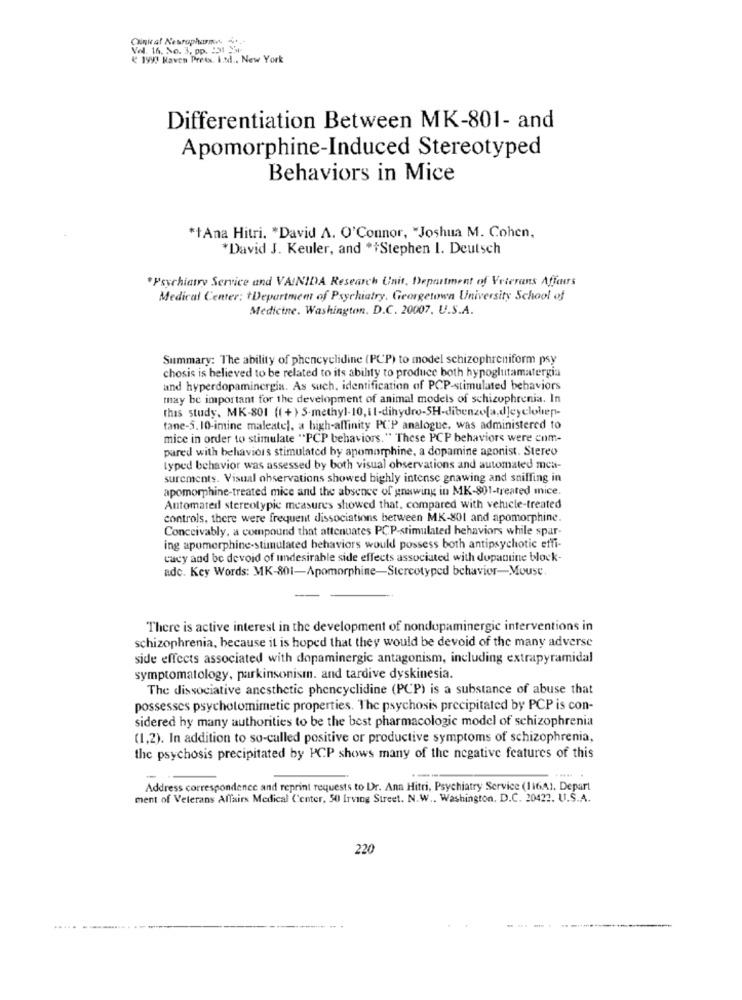
Clinic of Neuropharma
Val. 16. No. 3, pp. 131 34-
( 199! Haven Preis. I.Ndl ., New York
Differentiation Between MK-801- and
Apomorphine-Induced Stereotyped
Behaviors in Mice
*+Ana Hitri. * David A. O'Connor, "Joshua M. Cohen,
*David J. Keuler, and ** Stephen I. Deutsch
*Psychiatry Service and VAINIDA Research Unit, Department of Veterans Affairs
Medical Center: +Department of Psychiatry, Georgetown University School of
Medicine. Washington, D.C. 20007. U.S.A.
Summary: The ability of phencyclidine (PCP) to model schizophreniform psy
chosis is believed to be related to its ability to produce both hypoglutamatergia
and hyperdopaminergia. As such, identification of PCP-stimulated behaviors
may be important for the development of animal models of schizophrenia. In
this study. MK-801 ((+) S-methyl-10, il-dihydro-SH-dibenzo[a,d]cycloliep-
tane-5. 10-imine maleate), a high-affinity PCP analogue, was administered to
mice in order to stimulate "PCP behaviors." These PCP behaviors were com-
pared with behaviors stimulated by apomorphine, a dopamine agonist. Stereo
typed behavior was assessed by both visual observations and automated men-
surements. Visual observations showed highly intense gnawing and sniffing in
apomorphine-treated mice and the absence of gnawing in MK-801-treated mice.
Automated stereotypie measures showed that, compared with vehicle-treated
controls, there were frequent dissociations between MK-801 and apomorphine.
Conceivably, a compound that attenuates PCP-stimulated behaviors while spar-
ing apomerphine-stimulated behaviors would possess both antipsychotic effi-
cacy and be devoid of undesirable side effects associated with dopamine block-
adc. Key Words: MK-801-Apomorphine-Stereotyped behavior-Mouse.
There is active interest in the development of nondopaminergic interventions in
schizophrenia, because it is hoped that they would be devoid of the many adverse
side effects associated with dopaminergic antagonism, including extrapyramidal
symptomatology, parkinsonism. and tardive dyskinesia.
The dissociative anesthetic phencyclidine (PCP) is a substance of abuse that
possesses psychotomimetic properties. The psychosis precipitated by PCP is con-
sidered hy many authorities to be the best pharmacologic model of schizophrenia
(1,2). In addition to so-called positive or productive symptoms of schizophrenia,
the psychosis precipitated by PCP shows many of the negative features of this
-
Address correspondence and reprint requests to Dr. Ana Hitri, Psychiatry Service (116A1. Depart
ment of Veterans Affairs Medical Center, 50 Irving Street. N.W .. Washington, D.C. 20422. U.S.A.
220
--